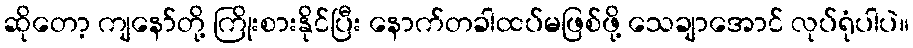
ဆိုတော့ ကျနော်တို့ ကြိုးစားနိုင်ပြီး နောက်တခါထပ်မဖြစ်ဖို့ သေချာအောင် လုပ်ရုံပါပဲ။